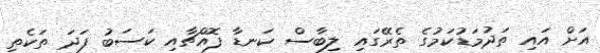
އަށް އައި ތަދުމަޑުކަމުގެ ތެރޭގައި ލިބާސް ކަނޑާ ފޮއްޗާއި ކަސަބު ފަދަ ތަކެތި